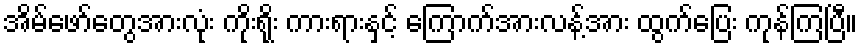
အိမ်ဖော်တွေအားလုံး ကိုးရိုး ကားရားနှင့် ကြောက်အားလန့်အား ထွက်ပြေး ကုန်ကြပြီ။